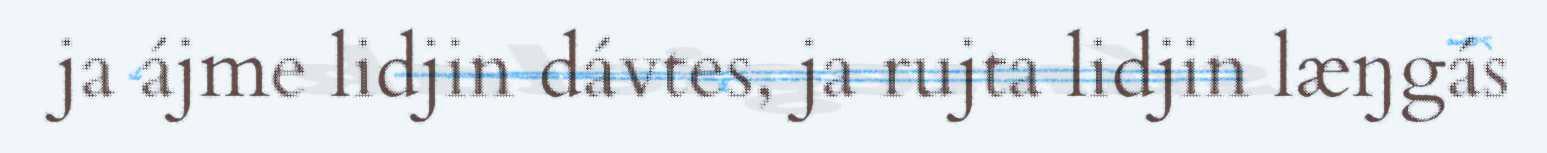
ja ájme lidjin dávtes, ja rujta lidjin læŋgás